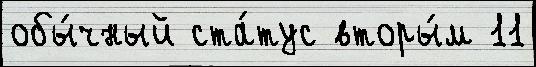
обы́чный ста́тус вторы́м 11